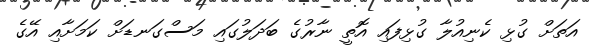
އަތަށް ގުޅި ކެނިއުލާ ގުޅިފައި އޮތީ ނާރުގެ ބަދަލުގައި މަސްގަނޑަށް ކަމަށާއި އޭގެ